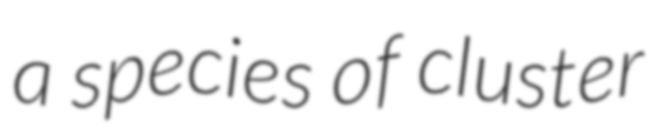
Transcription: a species of cluster